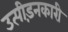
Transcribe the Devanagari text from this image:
उत्पीड़नकारी